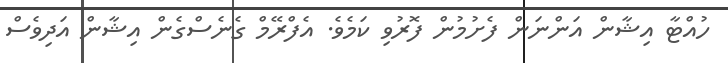
ހުއްޓާ އިޝާން އަންނަން ފެށުމުން ފޮރުވި ކަމެވެ. އެފްރޭމް ގެނެސްގެން އިޝާން އަދިވެސް